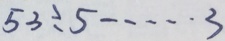
5 3 \div 5 \cdots 3